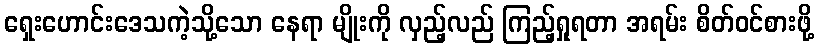
ရှေးဟောင်းဒေသကဲ့သို့သော နေရာ မျိုးကို လှည့်လည် ကြည့်ရှုရတာ အရမ်း စိတ်ဝင်စားဖို့